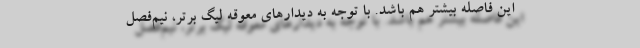
این فاصله بیشتر هم باشد. با توجه به دیدارهای معوقه لیگ برتر، نیم‌فصل